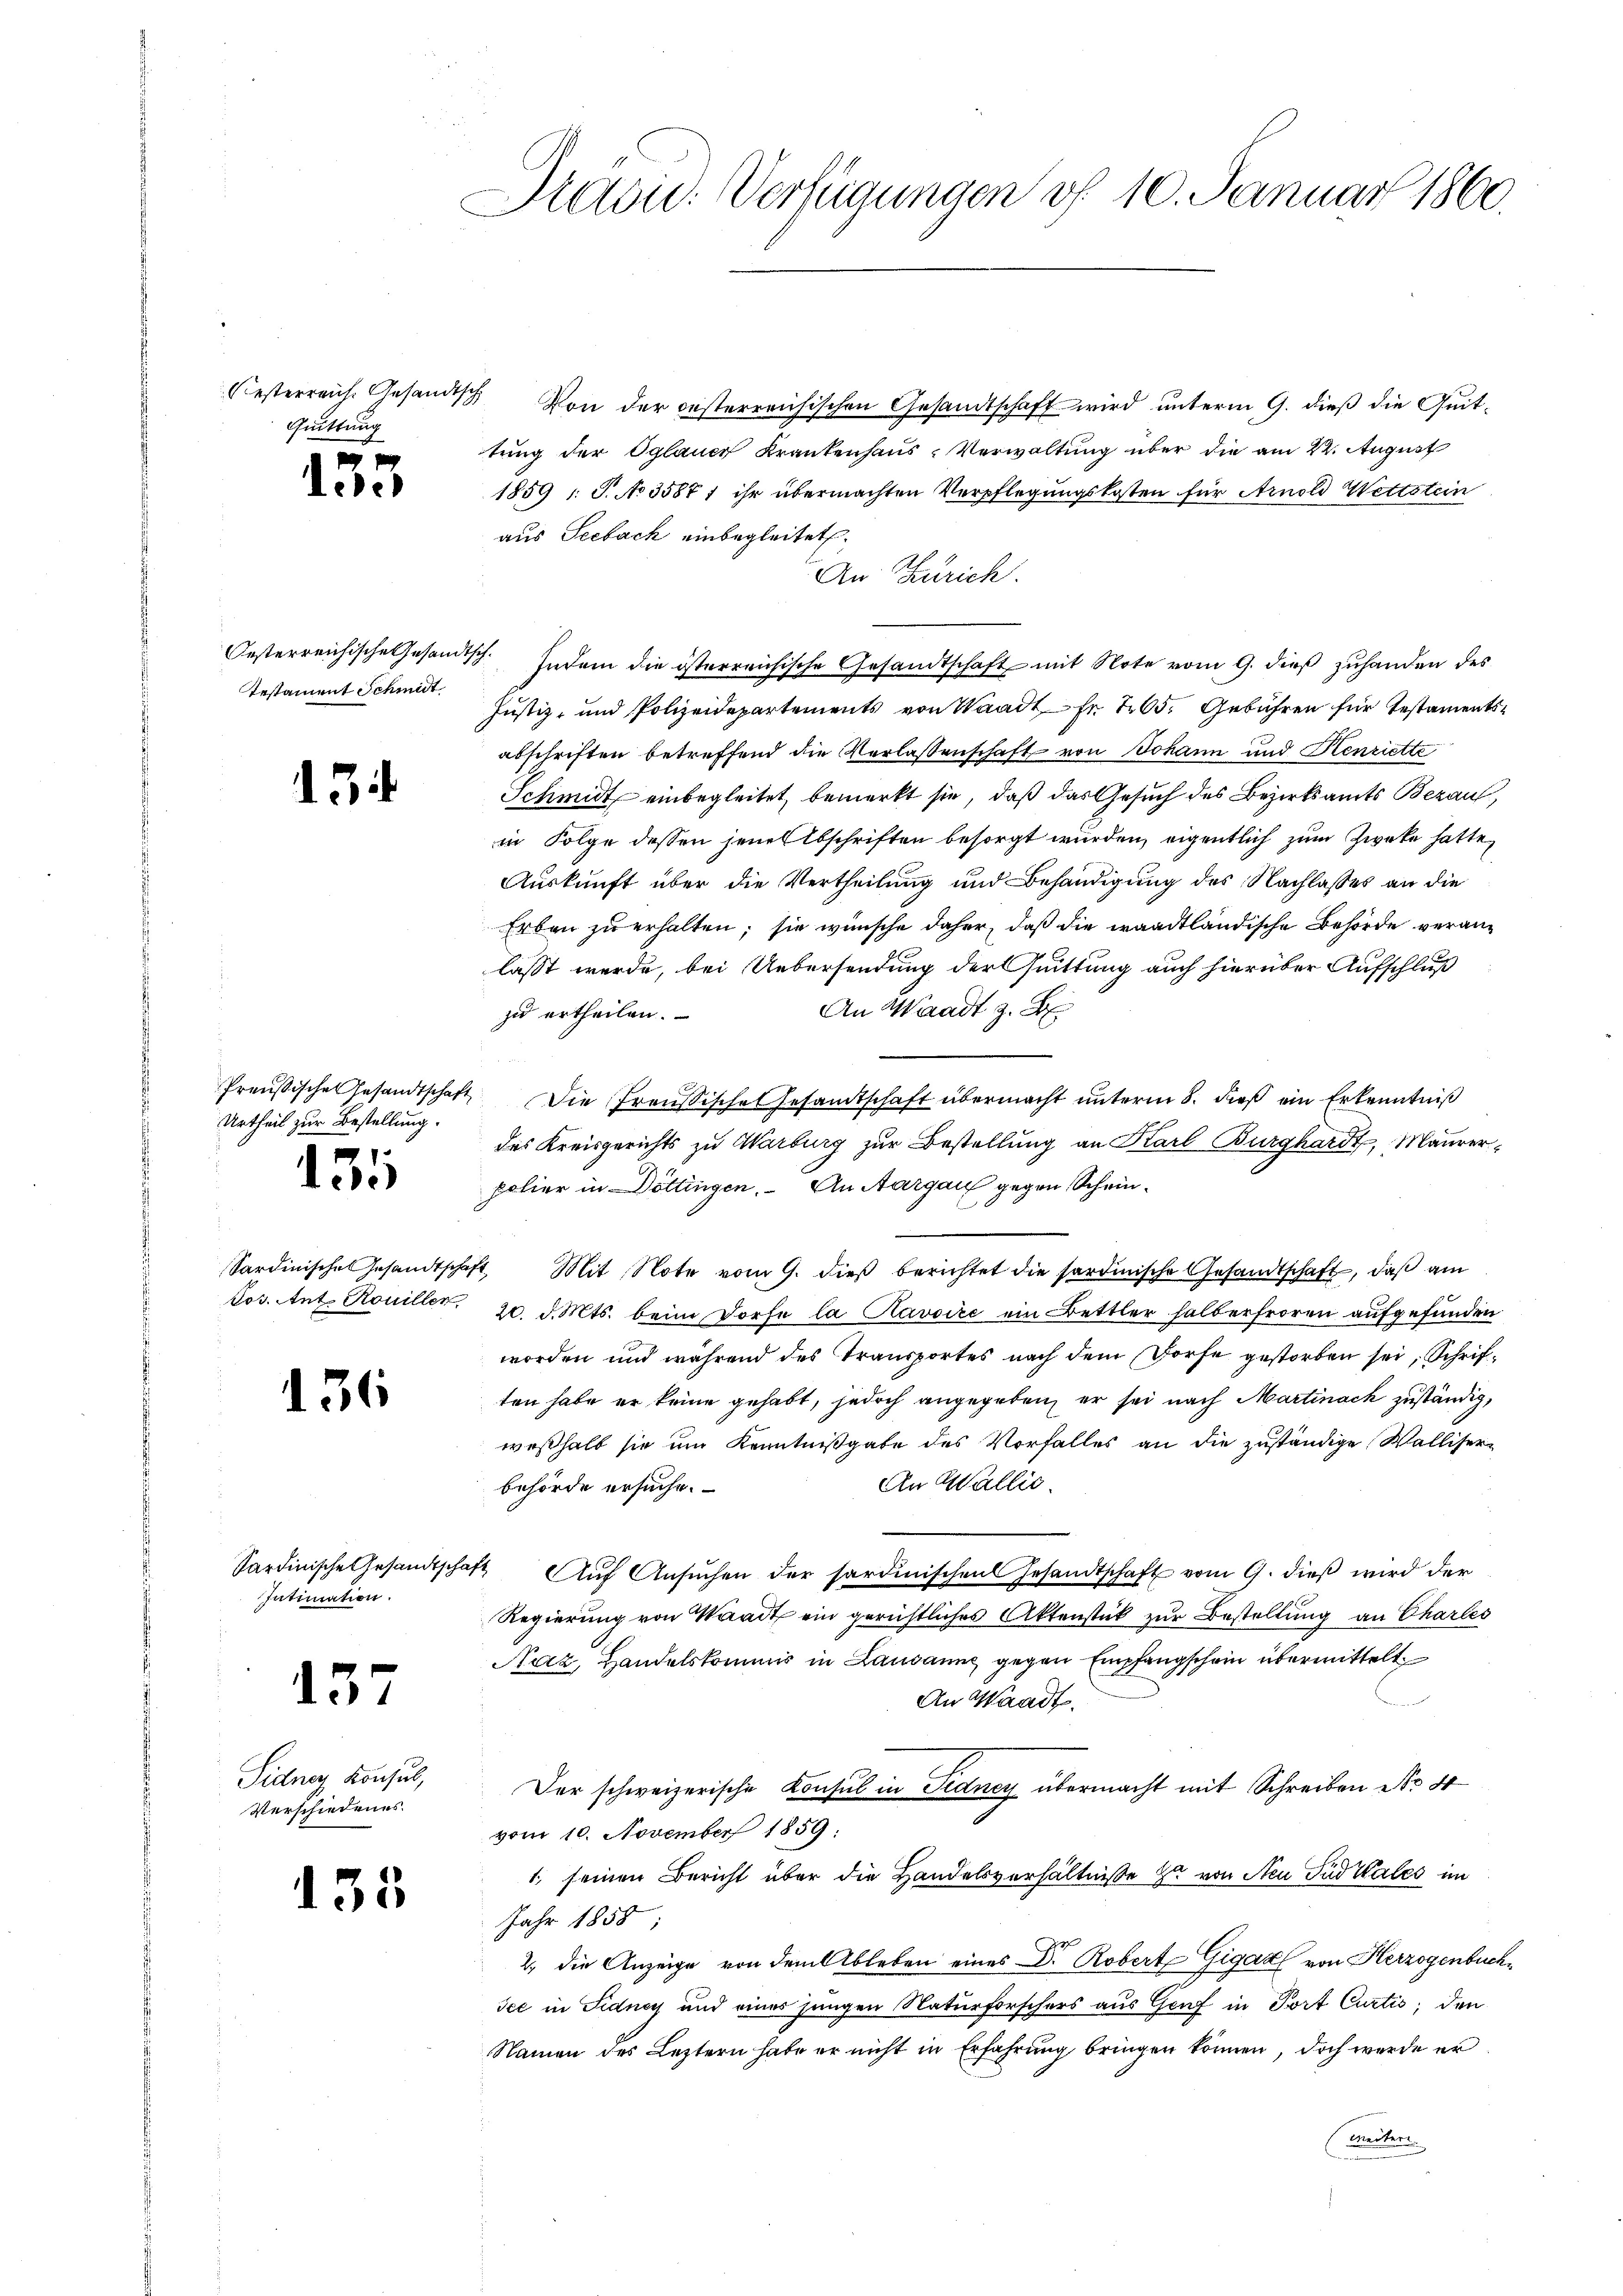
Oesterreich. Gesandtsch
Quittung

7
Leder

Testament Schmit

5

Urtheil zur Bestellung.
 70
dire

136

Intimation.

137

Sidner Konsul,
Verschiedenes.

135

Adow: Verfügungen v. 10. Januar 1860.

Von der oesterreichischen Gesandtschaft wird unterm 9. dieß die Zeittung der Oglauer Krankenhaus-Verwaltung über die am 22. August
1859 1: P. No 35877 ihr übermachten Verpflegungskosten für Arnold Wettstein
aus Seebach einbegleitet.
An Zürich.
Oesterreichische Gesandtsch. Indem die österreichische Gesandtschaft mit Note vom 9. dieß zuhanden des
Justiz- und Polizeidepartements von Waadt Fr. 705. Gebühren für Testamentsabschriften betreffend die Verlassenschaft von Johann und Henriette
Schmidt einbegleitet, bemerkt sie, daß das Gesuch des Bezirksamts Bezau,
in Folge dessen jene Abschriften besorgt würden, eigentlich zum Zweke hatte,
Auskunft über die Vertheilung und Behändigung des Nachlasses an die
Erben zu erhalten; sie wünsche daher, daß die waadtländische Behörde veranlasst werde, bei Uebersendung der Quittung auch hierüber Aufschluß
An Waadt z. B.
zu ertheilen.
Preußische Gesandtschaft die Preussische Gesandtschaft übermacht unterm 8. dieß ein Erkenntniß
des Kreisgerichts zu Marburg zur Bestellung an Karl Burghardt, Maurer-
polier in Döttingen. An Aargau gegen Schein¬
Sardinische Gesandtschaft. Mit Note vom 9. dieβ berichtet die sardinische Gesandtschaft, daß am
Pos. Ant. Kouiller, 20. d. Mts. beim Dorfe la Ravoire ein Bettler halberfroren aufgefunden
worden und während des Transportes nach dem Dorfe gestorben sei, Schriften habe er keine gehabt, jedoch angegeben, er sei nach Martinach zuständig,
weßhalb sie um Kenntnißgabe des Vorfalles an die zuständige Walliser¬
An Wallis.
behörde ersuche.
Sardinische Gesandtschaft Aŭf Ansŭchen der sordinischen Gesandtschaft vom 9. dieβ wird der
Regierung von Waadt ein gerichtliches Aktenstück zur Bestellung an Charles
Naz, Handelskommis in Lausanne gegen Empfangschein übermittelt.
An Waadt.
Der schweizerische Konsul in Tedney übermacht mit Schreiben No 8
vom 10. November 1859:
1 seinen Bericht über die Handelsverhältnisse zu von Neu Pud tales im
Jahr 1858
2. die Anzeige von dem Ableben eines Dr. Robert Gigar von Herzogenbuch¬
See in Sidney und eines jungen Naturforschers aus Genf in Port Curtis, den
Namen des Leztern habe er nicht in Erfahrung bringen können, doch werde er
(Weitern